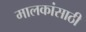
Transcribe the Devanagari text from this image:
मालकांसाठी